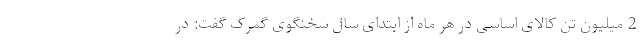
2 میلیون تن کالای اساسی در هر ماه از ابتدای سال سخنگوی گمرک گفت: در